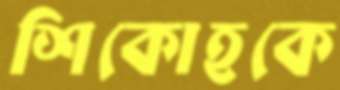
শিকোহকে